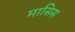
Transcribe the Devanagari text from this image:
मासिस